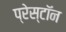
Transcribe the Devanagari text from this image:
प्रेस्टॉन